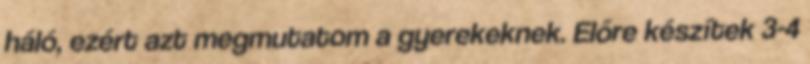
háló, ezért azt megmutatom a gyerekeknek. Előre készítek 3-4